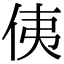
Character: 侇